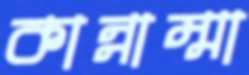
কান্নাম্মা